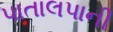
પાતાલપાની